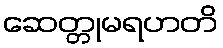
ဆေတ္တုမရဟတိ